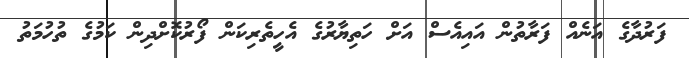
ފަރުދާގެ އަނެއް ފަރާތުން އައިއެސް އަށް ހަތިޔާރުގެ އެހީތެރިކަން ފޯރުކޮށްދިން ކަމުގެ ތުހުމަތު